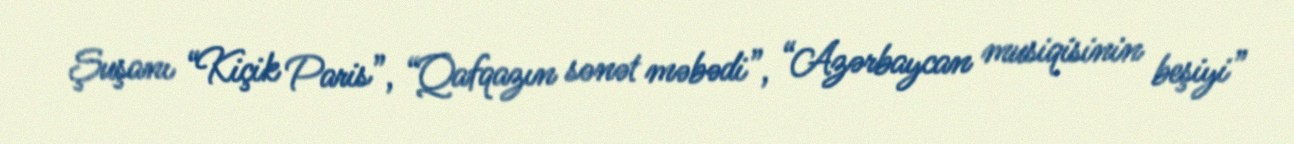
Şuşanı “Kiçik Paris”, “Qafqazın sənət məbədi”, “Azərbaycan musiqisinin beşiyi”